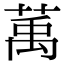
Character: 萭